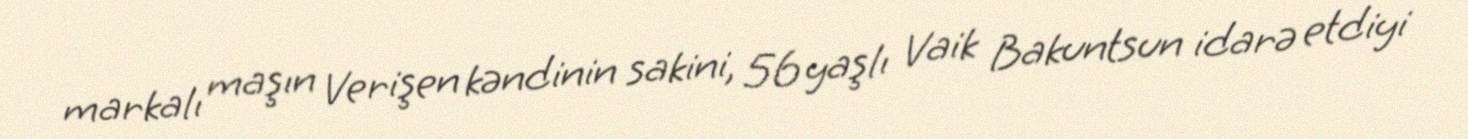
markalı maşın Verişen kəndinin sakini, 56 yaşlı Vaik Bakuntsun idarə etdiyi